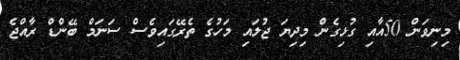
މިނިވަން 50އާއި ގުޅިގެން މިދިޔަ ޖުލައި މަހުގެ ތެރޭގައިވެސް ސަނަމް ބޭންޑް ރާއްޖެ